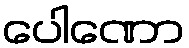
ပေါဏော